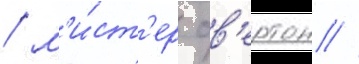
/ м'и́ст'ер ов'ертон //